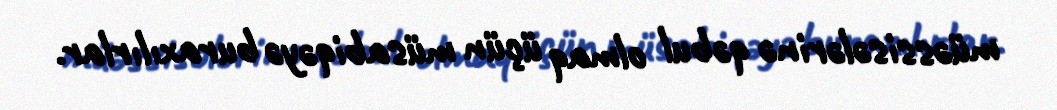
müəssisələrinə qəbul olmaq üçün müsabiqəyə buraxılırlar.